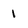
Character: 1